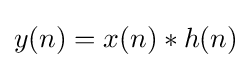
y(n)=x(n)*h(n)